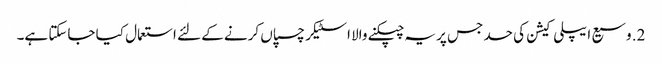
2. وسیع ایپلی کیشن کی حد جس پر یہ چپکنے والا اسٹیکر چسپاں کرنے کے لئے استعمال کیا جاسکتا ہے۔